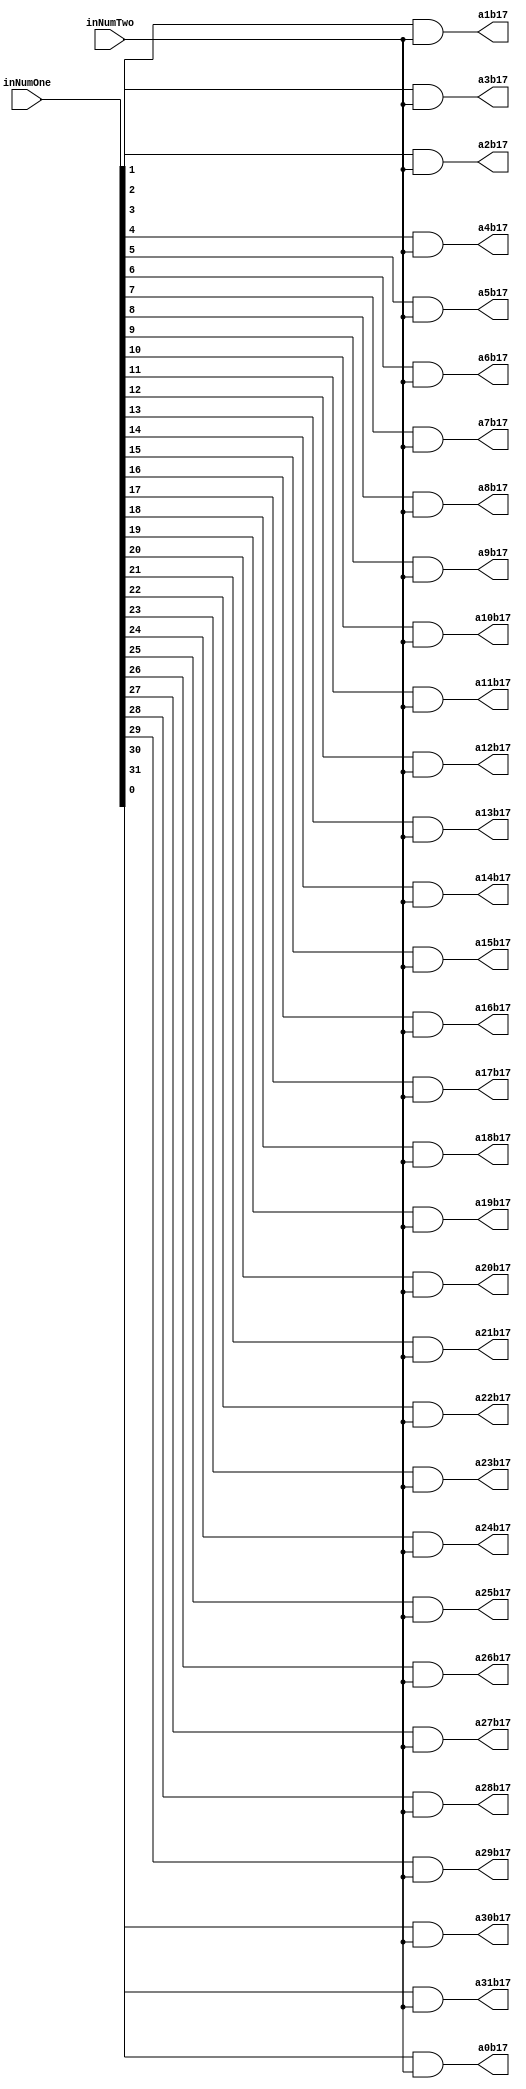
`timescale 1ns / 1ps

module PartialProductRow17(inNumOne,inNumTwo,a0b17,a1b17,a2b17,a3b17,a4b17,a5b17,a6b17,a7b17,a8b17,a9b17,a10b17,a11b17,a12b17,a13b17,a14b17,a15b17,a16b17,a17b17,a18b17,a19b17,a20b17,a21b17,a22b17,a23b17,a24b17,a25b17,a26b17,a27b17,a28b17,a29b17,a30b17,a31b17);
input [31:0] inNumOne;
input inNumTwo;
output reg a0b17,a1b17,a2b17,a3b17,a4b17,a5b17,a6b17,a7b17,a8b17,a9b17,a10b17,a11b17,a12b17,a13b17,a14b17,a15b17,a16b17,a17b17,a18b17,a19b17,a20b17,a21b17,a22b17,a23b17,a24b17,a25b17,a26b17,a27b17,a28b17,a29b17,a30b17,a31b17;

always@(inNumOne,inNumTwo)begin
	a0b17 <= inNumOne[0] & inNumTwo;
	a1b17 <= inNumOne[1] & inNumTwo;
	a2b17 <= inNumOne[2] & inNumTwo;
	a3b17 <= inNumOne[3] & inNumTwo;
	a4b17 <= inNumOne[4] & inNumTwo;
	a5b17 <= inNumOne[5] & inNumTwo;
	a6b17 <= inNumOne[6] & inNumTwo;
	a7b17 <= inNumOne[7] & inNumTwo;
	a8b17 <= inNumOne[8] & inNumTwo;
	a9b17 <= inNumOne[9] & inNumTwo;
	a10b17 <= inNumOne[10] & inNumTwo;
	a11b17 <= inNumOne[11] & inNumTwo;
	a12b17 <= inNumOne[12] & inNumTwo;
	a13b17 <= inNumOne[13] & inNumTwo;
	a14b17 <= inNumOne[14] & inNumTwo;
	a15b17 <= inNumOne[15] & inNumTwo;
	a16b17 <= inNumOne[16] & inNumTwo;
	a17b17 <= inNumOne[17] & inNumTwo;
	a18b17 <= inNumOne[18] & inNumTwo;
	a19b17 <= inNumOne[19] & inNumTwo;
	a20b17 <= inNumOne[20] & inNumTwo;
	a21b17 <= inNumOne[21] & inNumTwo;
	a22b17 <= inNumOne[22] & inNumTwo;
	a23b17 <= inNumOne[23] & inNumTwo;
	a24b17 <= inNumOne[24] & inNumTwo;
	a25b17 <= inNumOne[25] & inNumTwo;
	a26b17 <= inNumOne[26] & inNumTwo;
	a27b17 <= inNumOne[27] & inNumTwo;
	a28b17 <= inNumOne[28] & inNumTwo;
	a29b17 <= inNumOne[29] & inNumTwo;
	a30b17 <= inNumOne[30] & inNumTwo;
	a31b17 <= inNumOne[31] & inNumTwo;
end

endmodule